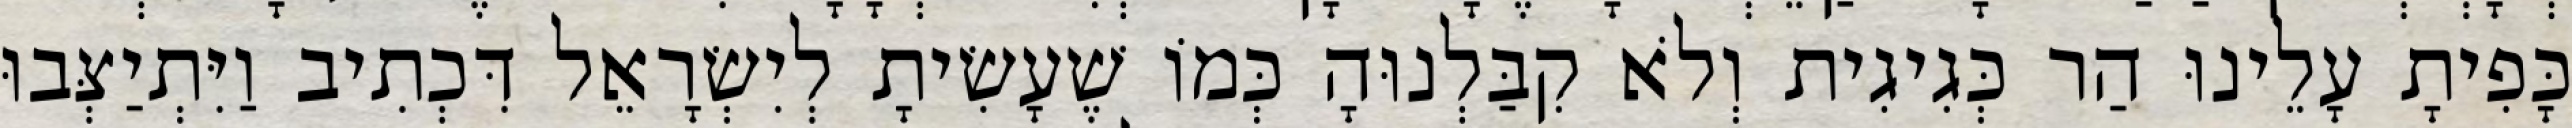
כָּפִיתָ עָלֵינוּ הַר כְּגִיגִית וְלֹא קִבַּלְנוּהָ כְּמוֹ שֶׁעָשִׂיתָ לְיִשְׂרָאֵל דִּכְתִיב וַיִּתְיַצְּבוּ